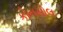
કોનસોલ